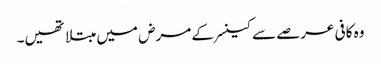
وہ کافی عرصے سے کینسر کے مرض میں مبتلا تھیں۔